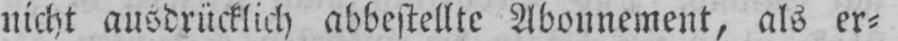
nicht ausdrücklich abbestellte Abonnement, als er⸗